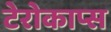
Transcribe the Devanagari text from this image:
टेरोकाप्स